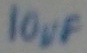
Text: 10µF